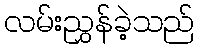
လမ်းညွှန်ခဲ့သည်